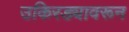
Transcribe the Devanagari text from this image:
उकिरड्यावरून